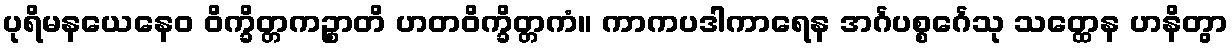
ပုရိမနယေနေဝ ဝိက္ခိတ္တကဉ္စာတိ ဟတဝိက္ခိတ္တကံ။ ကာကပဒါကာရေန အင်္ဂပစ္စင်္ဂေသု သတ္ထေန ဟနိတွာ